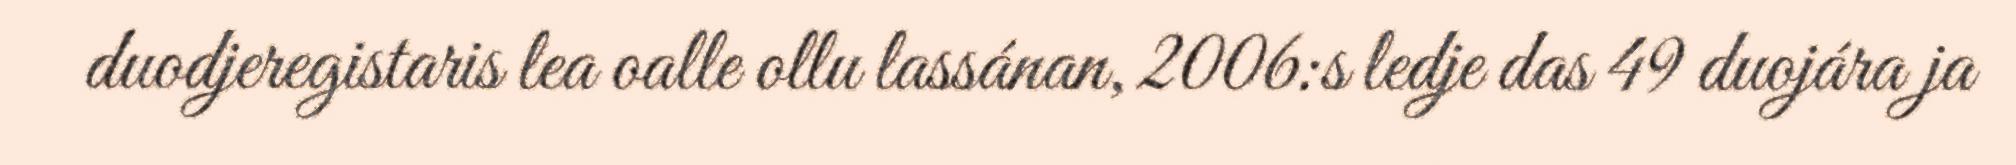
duodjeregistaris lea oalle ollu lassánan, 2006:s ledje das 49 duojára ja